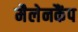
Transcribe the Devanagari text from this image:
मैलेनकैंप